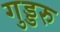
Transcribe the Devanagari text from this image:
गुड्डरु